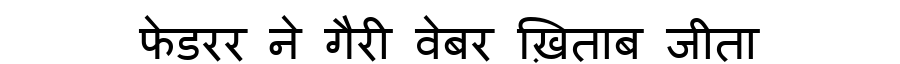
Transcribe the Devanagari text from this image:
फेडरर ने गैरी वेबर ख़िताब जीता